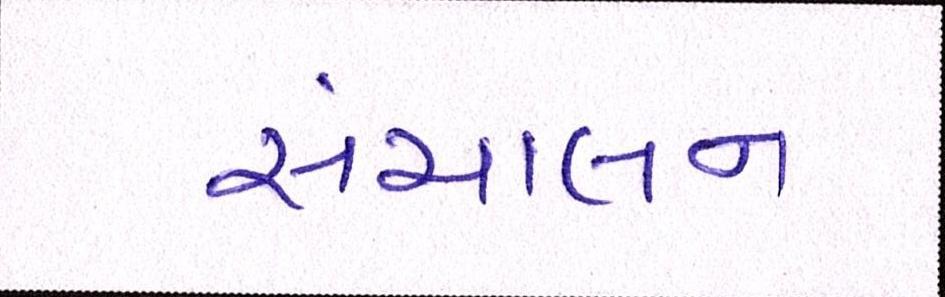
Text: સંચાલન